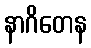
နာဂိတေန